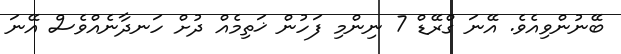
ބޭނުންވިއެވެ. އޭނަ ގްރޭޑް 7 ނިންމި ފަހުން ޚަތިމެއް ދުށް ހަނދާނެއްވެސް އޭނަ